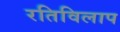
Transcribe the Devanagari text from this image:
रतिविलाप